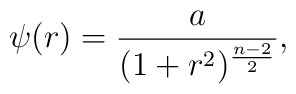
\psi(r)={a\over{(1+r^2)^{{n-2}\over 2}}},